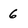
Character: 6